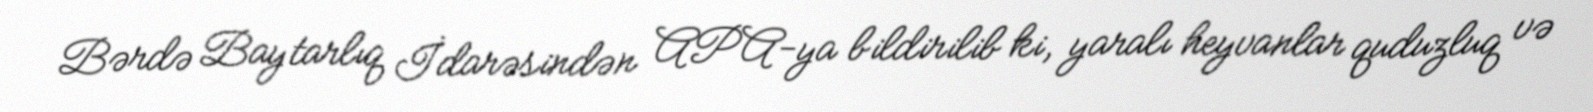
Bərdə Baytarlıq İdarəsindən APA-ya bildirilib ki, yaralı heyvanlar quduzluq və